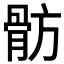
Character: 𩨣